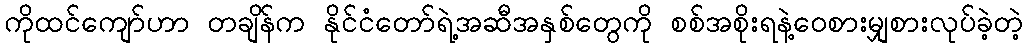
ကိုထင်ကျော်ဟာ တချိန်က နိုင်ငံတော်ရဲ့အဆီအနှစ်တွေကို စစ်အစိုးရနဲ့ဝေစားမျှစားလုပ်ခဲ့တဲ့